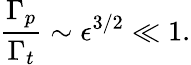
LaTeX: \frac{\Gamma_{p}}{\Gamma_{t}}\sim\epsilon^{3/2}\ll 1.